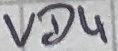
Text: VD4